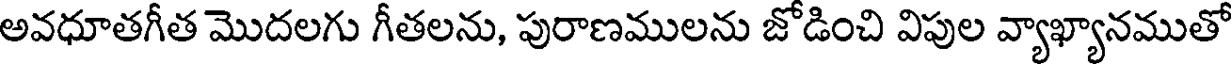
అవధూతగీత మొదలగు గీతలను, పురాణములను జోడించి విపుల వ్యాఖ్యానముతో